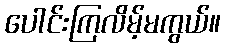
ပေါင်းကြလိမ့်မကွယ်။